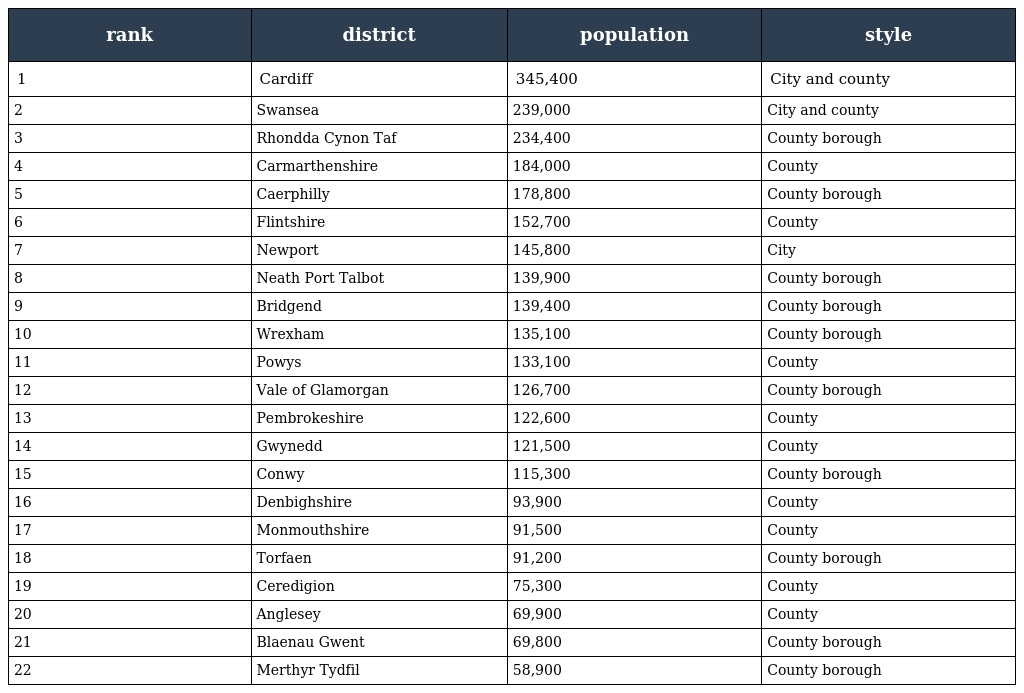
| rank | district | population | style |
 | --- | --- | --- | --- |
 | 1 | Cardiff | 345,400 | City and county |
 | 2 | Swansea | 239,000 | City and county |
 | 3 | Rhondda Cynon Taf | 234,400 | County borough |
 | 4 | Carmarthenshire | 184,000 | County |
 | 5 | Caerphilly | 178,800 | County borough |
 | 6 | Flintshire | 152,700 | County |
 | 7 | Newport | 145,800 | City |
 | 8 | Neath Port Talbot | 139,900 | County borough |
 | 9 | Bridgend | 139,400 | County borough |
 | 10 | Wrexham | 135,100 | County borough |
 | 11 | Powys | 133,100 | County |
 | 12 | Vale of Glamorgan | 126,700 | County borough |
 | 13 | Pembrokeshire | 122,600 | County |
 | 14 | Gwynedd | 121,500 | County |
 | 15 | Conwy | 115,300 | County borough |
 | 16 | Denbighshire | 93,900 | County |
 | 17 | Monmouthshire | 91,500 | County |
 | 18 | Torfaen | 91,200 | County borough |
 | 19 | Ceredigion | 75,300 | County |
 | 20 | Anglesey | 69,900 | County |
 | 21 | Blaenau Gwent | 69,800 | County borough |
 | 22 | Merthyr Tydfil | 58,900 | County borough |